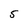
Character: 5